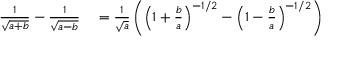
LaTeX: \begin{array} { r l } { { \frac { 1 } { \sqrt { a + b } } } - { \frac { 1 } { \sqrt { a - b } } } } & { { } = { \frac { 1 } { \sqrt { a } } } \left( \left( 1 + { \frac { b } { a } } \right) ^ { - 1 / 2 } - \left( 1 - { \frac { b } { a } } \right) ^ { - 1 / 2 } \right) } \end{array}